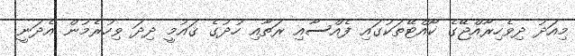
މިއަދު ދިވެހިރާއްޖޭގެ ކޯއްޓޭތަކުގައި ފެއްސާއި ރަތާއި ހުދުގެ ޤައުމީ ދިދަ ވިހުރެމުން އެދަނީ